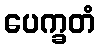
ပေက္ခတံ